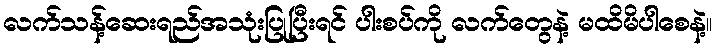
လက်သန့်ဆေးရည်အသုံးပြုပြီးရင် ပါးစပ်ကို လက်တွေနဲ့ မထိမိပါစေနဲ့။